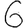
Digit: 6